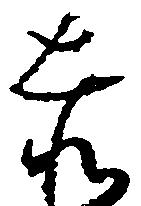
赤